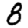
Digit: 8